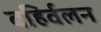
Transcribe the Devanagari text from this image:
बहिर्वलन